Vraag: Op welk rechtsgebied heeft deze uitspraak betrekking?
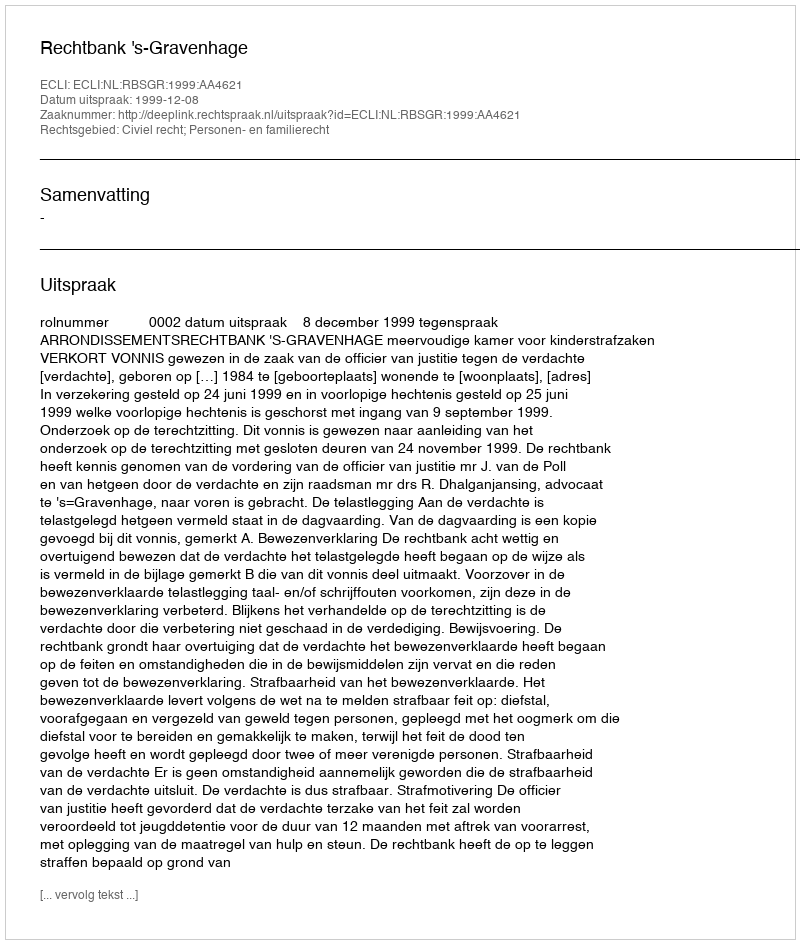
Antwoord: Civiel recht; Personen- en familierecht